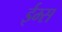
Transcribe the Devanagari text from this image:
ईम्स